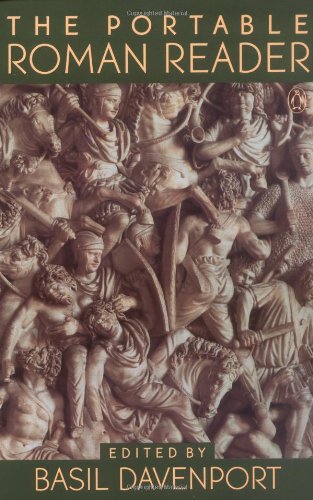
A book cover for The Portable Roman Reader (Portable Library); Literature & Fiction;